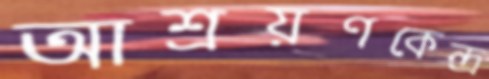
আশ্রয়ণকেন্দ্র